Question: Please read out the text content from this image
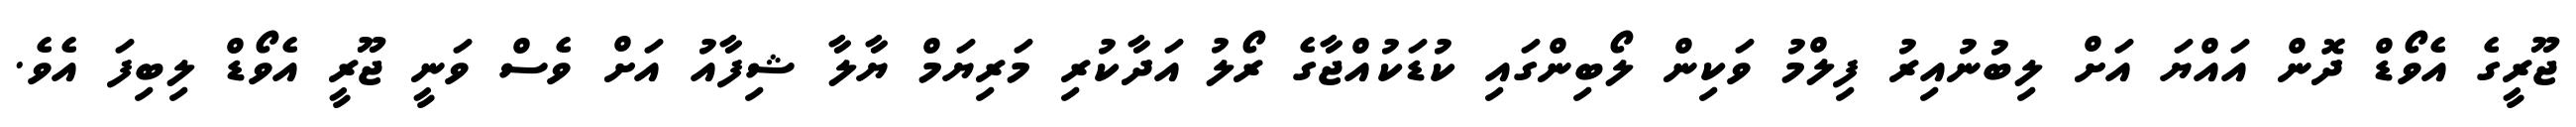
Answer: ޖޫރީގެ އެވޯޑް ދޮން އައްޔަ އަށް ލިބުނުއިރު ފިލްމު ވަކިން ލޯބިންގައި ކުޑަކުއްޖާގެ ރޯލު އަދާކުރި މަރިޔަމް ޔާލާ ޝިފާއު އަށް ވެސް ވަނީ ޖޫރީ އެވޯޑް ލިބިފަ އެވެ.